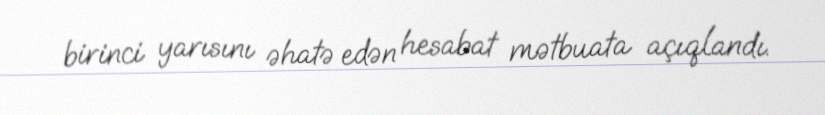
birinci yarısını əhatə edən hesabat mətbuata açıqlandı.